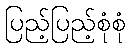
ပြည့်ပြည့်စုံစုံ